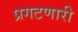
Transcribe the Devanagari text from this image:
प्रगटणारी